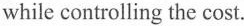
while controlling the cost.